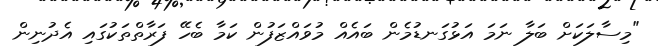
"މިސާލަކަށް ބަލާ ނަމަ އަޅުގަނޑުމެން ބައެއް މުވައްޒަފުން ކަމާ ބެހޭ ފަރާތްތަކުގައި އެދުނިން